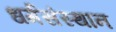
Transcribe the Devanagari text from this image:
धर्मसंस्थान